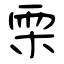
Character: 雬